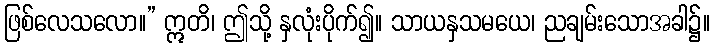
ဖြစ်လေသလော။” ဣတိ၊ ဤသို့ နှလုံးပိုက်၍။ သာယနှသမယေ၊ ညချမ်းသောအခါ၌။